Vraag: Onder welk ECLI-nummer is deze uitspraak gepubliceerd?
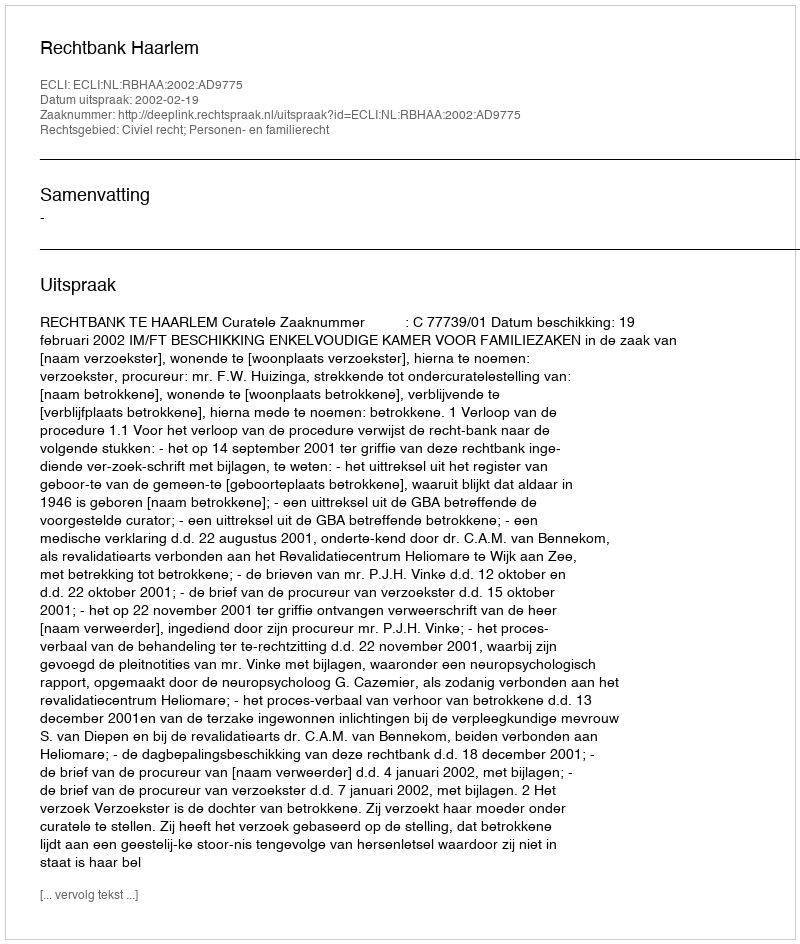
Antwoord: ECLI:NL:RBHAA:2002:AD9775